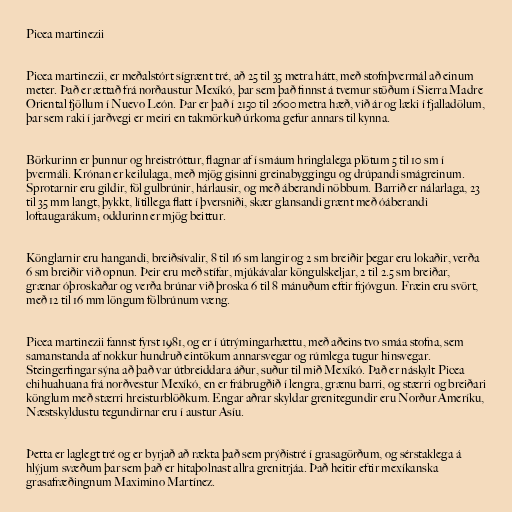
Picea martinezii

Picea martinezii, er meðalstórt sígrænt tré, að 25 til 35 metra hátt, með stofnþvermál að einum
meter. Það er ættað frá norðaustur Mexíkó, þar sem það finnst á tvemur stöðum í Sierra Madre
Oriental fjöllum í Nuevo León. Þar er það í 2150 til 2600 metra hæð, við ár og læki í fjalladölum,
þar sem raki í jarðvegi er meiri en takmörkuð úrkoma gefur annars til kynna.

Börkurinn er þunnur og hreistróttur, flagnar af í smáum hringlalega plötum 5 til 10 sm í
þvermáli. Krónan er keilulaga, með mjög gisinni greinabyggingu og drúpandi smágreinum.
Sprotarnir eru gildir, föl gulbrúnir, hárlausir, og með áberandi nöbbum. Barrið er nálarlaga, 23
til 35 mm langt, þykkt, lítillega flatt í þversniði, skær glansandi grænt með óáberandi
loftaugarákum; oddurinn er mjög beittur.

Könglarnir eru hangandi, breiðsívalir, 8 til 16 sm langir og 2 sm breiðir þegar eru lokaðir, verða
6 sm breiðir við opnun. Þeir eru með stífar, mjúkávalar köngulskeljar, 2 til 2.5 sm breiðar,
grænar óþroskaðar og verða brúnar við þroska 6 til 8 mánuðum eftir frjóvgun. Fræin eru svört,
með 12 til 16 mm löngum fölbrúnum væng.

Picea martinezii fannst fyrst 1981, og er í útrýmingarhættu, með aðeins tvo smáa stofna, sem
samanstanda af nokkur hundruð eintökum annarsvegar og rúmlega tugur hinsvegar.
Steingerfingar sýna að það var útbreiddara áður, suður til mið Mexíkó. Það er náskylt Picea
chihuahuana frá norðvestur Mexíkó, en er frábrugðið í lengra, grænu barri, og stærri og breiðari
könglum með stærri hreisturblöðkum. Engar aðrar skyldar grenitegundir eru Norður Ameríku,
Næstskyldustu tegundirnar eru í austur Asíu.

Þetta er laglegt tré og er byrjað að rækta það sem prýðistré í grasagörðum, og sérstaklega á
hlýjum svæðum þar sem það er hitaþolnast allra grenitrjáa. Það heitir eftir mexíkanska
grasafræðingnum Maximino Martínez.